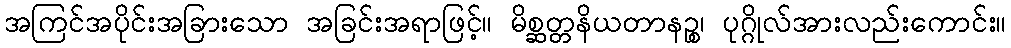
အကြင်အပိုင်းအခြားသော အခြင်းအရာဖြင့်။ မိစ္ဆတ္တနိယတာနဉ္စ၊ ပုဂ္ဂိုလ်အားလည်းကောင်း။